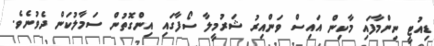
ޑިއުޓީ ނިންމާފައި މާކިން އައިސް ވަންއިރު ޝަރުމީލާ ސޯފާގައި އިންގޮތުން ސަމާލުކަން ދެވުނެވެ.